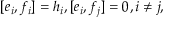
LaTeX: [ e _ { i } , f _ { i } ] = h _ { i } , [ e _ { i } , f _ { j } ] = 0 , i \neq j ,